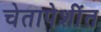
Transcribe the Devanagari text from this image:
चेतापेशींत